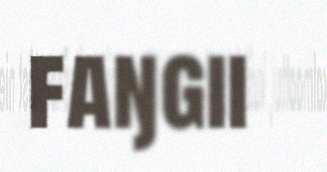
faŋgii